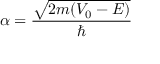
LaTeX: \alpha = { \frac { \sqrt { 2 m ( V _ { 0 } - E ) } } { \hbar } }